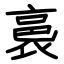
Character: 裛